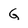
Character: G